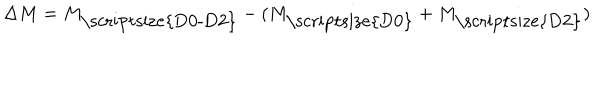
\Delta M = M _ { \mathrm { \scriptsize { D 0 - D 2 } } } - ( M _ { \mathrm { \scriptsize { D 0 } } } + M _ { \mathrm { \scriptsize { D 2 } } } )